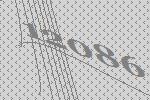
12086